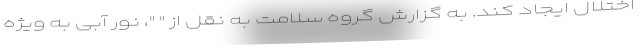
اختلال ایجاد کند. به گزارش گروه سلامت به نقل از " "، نور آبی به ویژه